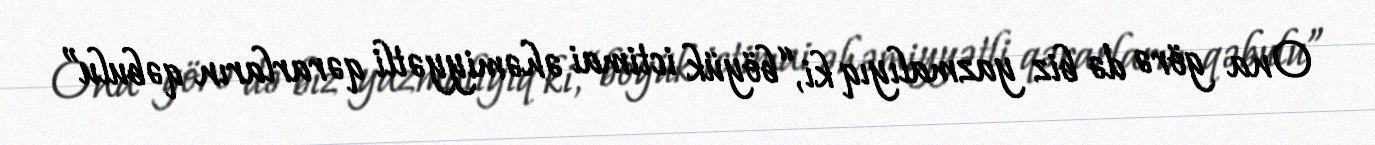
Ona görə də biz yazmalıyıq ki, “böyük ictimai əhəmiyyətli qərarların qəbulu”